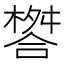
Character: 𣛋